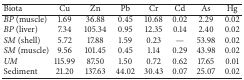
<table><thead><tr><td><b>Biota</b></td><td><b>Cu</b></td><td><b>Zn</b></td><td><b>Pb</b></td><td><b>Cr</b></td><td><b>Cd</b></td><td><b>As</b></td><td><b>Hg</b></td></tr></thead><tbody><tr><td><i>BP</i> (muscle)</td><td>1.69 </td><td>36.88 </td><td>0.45 </td><td>10.68 </td><td>0.02 </td><td>2.29</td><td>0.02</td></tr><tr><td><i>BP</i> (liver)</td><td>7.34 </td><td>105.34</td><td>0.95 </td><td>12.35 </td><td>0.14 </td><td>2.40</td><td>0.02</td></tr><tr><td><i>SM</i> (shell)</td><td>5.72 </td><td>17.88 </td><td>1.59 </td><td>0.23 </td><td>—</td><td>53.98</td><td>0.02</td></tr><tr><td><i>SM</i> (muscle)</td><td>9.56 </td><td>101.45 </td><td>0.45 </td><td>1.14 </td><td>0.29 </td><td>43.98</td><td>0.02</td></tr><tr><td><i>UM</i></td><td>115.99 </td><td>87.50 </td><td>1.50 </td><td>0.72 </td><td>0.62 </td><td>17.65</td><td>0.01</td></tr><tr><td>Sediment</td><td>21.20 </td><td>137.63 </td><td>44.02 </td><td>30.43 </td><td>0.07 </td><td>25.07 </td><td>0.02 </td></tr></tbody></table>